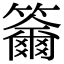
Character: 𥷄